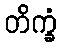
တိက္ခံ